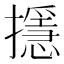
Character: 𢷍